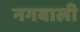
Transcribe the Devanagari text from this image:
नगवाली